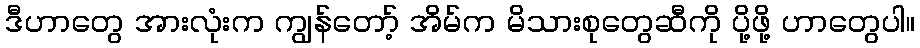
ဒီဟာတွေ အားလုံးက ကျွန်တော့် အိမ်က မိသားစုတွေဆီကို ပို့ဖို့ ဟာတွေပါ။